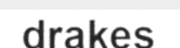
drakes